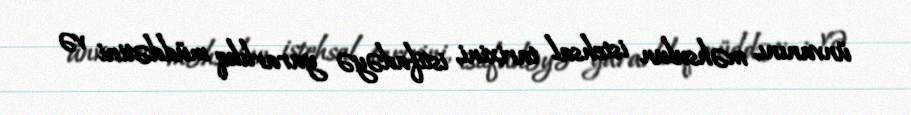
ünvanını, məhsulun istehsal tarixini, istifadəyə yararlılıq müddətini və